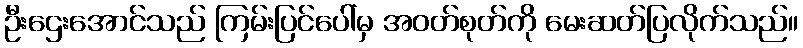
ဦးဌေးအောင်သည် ကြမ်းပြင်ပေါ်မှ အဝတ်စုတ်ကို မေးဆတ်ပြလိုက်သည်။